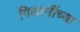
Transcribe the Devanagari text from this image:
गिलानींच्या